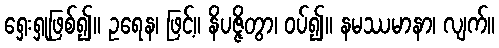
ရှေးရှုဖြစ်၍။ ဥရေန၊ ဖြင့်။ နိပဇ္ဇိတွာ၊ ဝပ်၍။ နမဿမာနာ၊ လျက်။